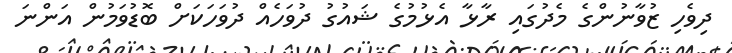
ދިވެހި ޒުވާނުންގެ މެދުގައި ރާޅާ އެޅުމުގެ ޝައުގު ދުވަހެއް ދުވަހަކަށް ބޮޑުވަމުން އަންނަ